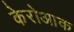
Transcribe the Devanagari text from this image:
केरोआक